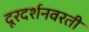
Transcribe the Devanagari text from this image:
दूरदर्शनवरती